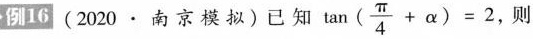
例16 (2020·南京模拟)已知 $$\tan(\frac{\pi}{4}+ \alpha)=2$$ ，则